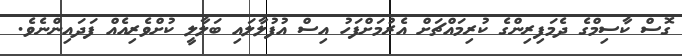
ގޮސް ކާސިމްގެ ދެމަފިރިންގެ ކުރިމައްޗަށް އެރުމަށްފަހު އިސް އުފުލާލައި ބަލާލީ ކުށްވެރިއެއް ފަދައިންނެވެ.